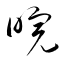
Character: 晥